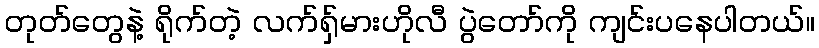
တုတ်တွေနဲ့ ရိုက်တဲ့ လက်ရှ်မားဟိုလီ ပွဲတော်ကို ကျင်းပနေပါတယ်။